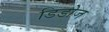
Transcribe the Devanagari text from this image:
डिडोज